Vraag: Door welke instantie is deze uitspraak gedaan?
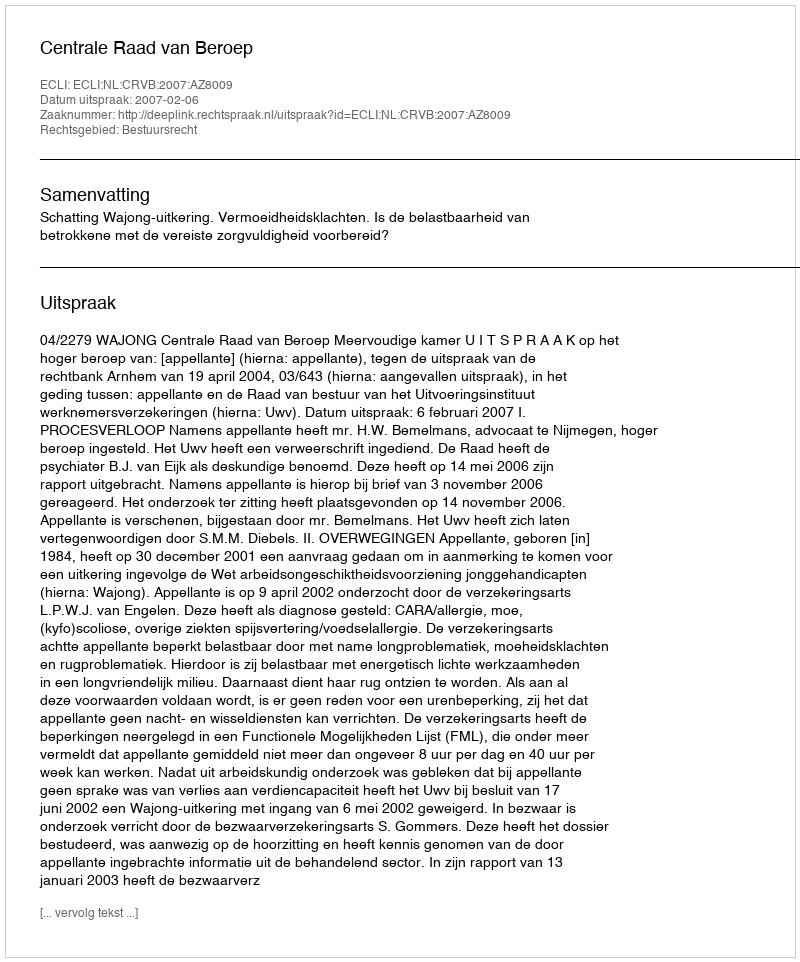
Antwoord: Centrale Raad van Beroep